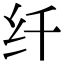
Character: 纤